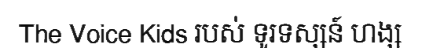
The Voice Kids របស់ ទូរទស្សន៍ ហង្ស